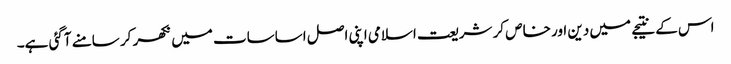
اس کے نتیجے میں دین اور خاص کر شریعت اسلامی اپنی اصل اساسات میں نکھر کر سامنے آگئی ہے۔